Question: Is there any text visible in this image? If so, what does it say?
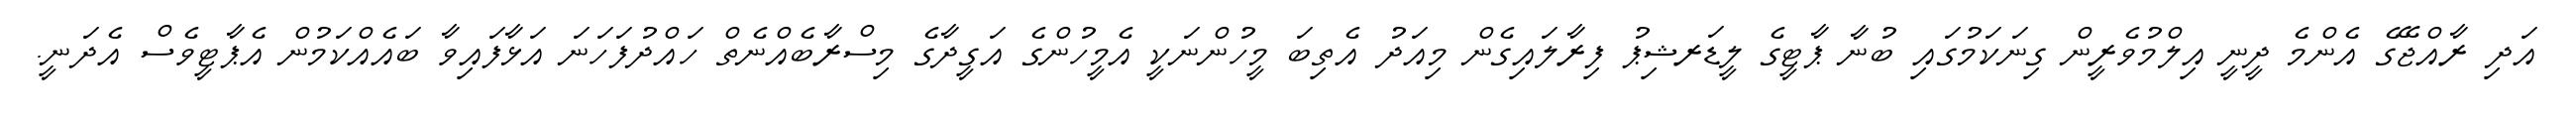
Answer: އަދި ރާއްޖޭގެ އެންމެ ދީނީ އިލްމުވެރީން ގިނަކަމުގައި ބުނާ ޕާޓީގެ ލީޑަރޝިޕު ފިރާލައިގެން މިއަދު އެތިބަ މީހުންނަކީ އެމީހުންގެ އަގީދާގެ މިސްރާބެއްނެތް ހައްދުފަހަނަ އަޅާފައިވާ ބައެއްކަމުން އެޕާޓީވެސް އެދަނީ.